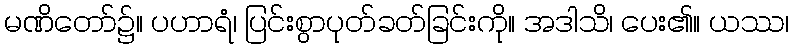
မဏိတော်၌။ ပဟာရံ၊ ပြင်းစွာပုတ်ခတ်ခြင်းကို။ အဒါသိ၊ ပေး၏။ ယဿ၊